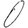
Digit: 0